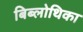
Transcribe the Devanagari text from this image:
बिब्लोथिका